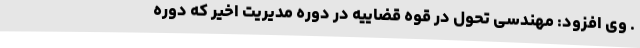
. وی افزود: مهندسی تحول در قوه قضاییه در دوره مدیریت اخیر که دوره